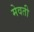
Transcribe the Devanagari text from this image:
मेवती